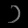
Digit: ၁